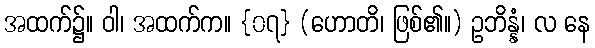
အထက်၌။ ဝါ၊ အထက်က။ {၀၇} (ဟောတိ၊ ဖြစ်၏။) ဥဘိန္နံ၊ လ နေ